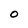
Character: O